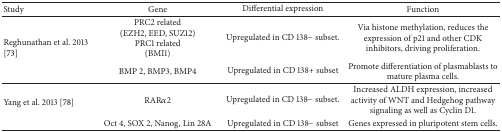
| Study | Gene | Differential expression | Function |
 | --- | --- | --- | --- |
 | <ROWSPAN=2> Reghunathan et al. 2013 [73] | PRC2 related(EZH2, EED, SUZ12)PRC1 related(BMI1) | Upregulated in CD 138− subset. | Via histone methylation, reduces the expression of p21 and other CDK inhibitors, driving proliferation. |
 | BMP 2, BMP3, BMP4 | Upregulated in CD 138+ subset | Promote differentiation of plasmablasts to mature plasma cells. |
 | <ROWSPAN=2> Yang et al. 2013 [78] | RARα2 | Upregulated in CD 138− subset. | Increased ALDH expression, increased activity of WNT and Hedgehog pathway signaling as well as Cyclin D1. |
 | Oct 4, SOX 2, Nanog, Lin 28A | Upregulated in CD 138− subset | Genes expressed in pluripotent stem cells. |